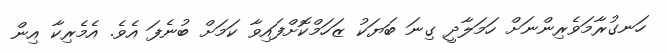
ހަނގުރާމަވެރިންނަށް ހަމަލާދީ ގިނަ ބަޔަކު ޒަހަމްކޮށްފައިވާ ކަމަށް ބުނެފަ އެވެ. އެމެރިކާ އިން